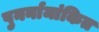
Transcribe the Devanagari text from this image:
पुनर्नामांकित